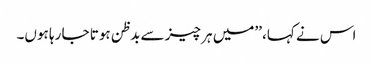
اس نے کہا، ’’میں ہر چیز سے بدظن ہوتا جا رہا ہوں۔